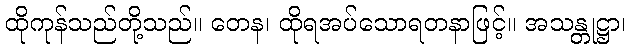
ထိုကုန်သည်တို့သည်။ တေန၊ ထိုရအပ်သောရတနာဖြင့်။ အသန္တုဋ္ဌာ၊